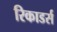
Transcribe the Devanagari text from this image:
रिकाडर्स